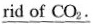
\underline{rid of CO_{2}}}